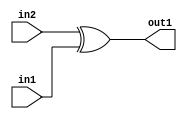
`timescale 1ps / 1ps
/*****************************************************************************
    Verilog RTL Description
    
    
    Created by: Stratus DpOpt 21.05.01 
*******************************************************************************/

module dut_Xor_1Ux1U_1U_1 (
	in2,
	in1,
	out1
	); /* architecture "behavioural" */ 
input  in2,
	in1;
output  out1;
wire  asc001;

assign asc001 = 
	(in2)
	^(in1);

assign out1 = asc001;
endmodule

/* CADENCE  urf5Two= : u9/ySxbfrwZIxEzHVQQV8Q== ** DO NOT EDIT THIS LINE ******/